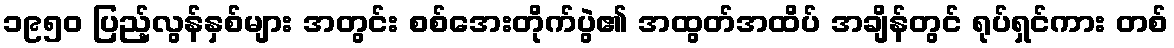
၁၉၅၀ ပြည့်လွန်နှစ်များ အတွင်း စစ်အေးတိုက်ပွဲ၏ အထွတ်အထိပ် အချိန်တွင် ရုပ်ရှင်ကား တစ်